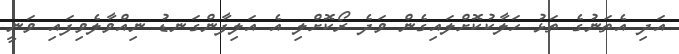
އަދި އެތަނުގެ ތަޅު ހަލާކުކޮށްލައިގެން ވަދެ ރޯކޮށްލި އެ އަލިފާންގަނޑު ނިއްވާލެވިފައި ވަނީ